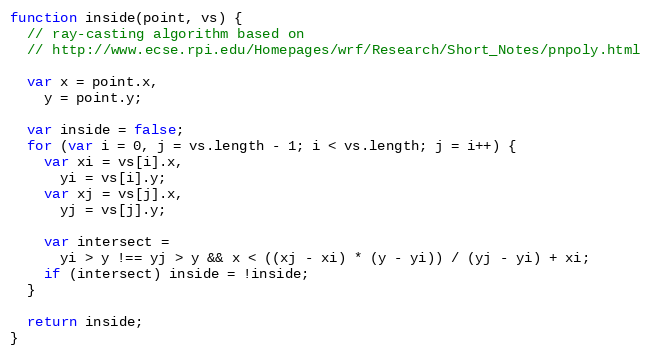
Language: JavaScript
function inside(point, vs) {
  // ray-casting algorithm based on
  // http://www.ecse.rpi.edu/Homepages/wrf/Research/Short_Notes/pnpoly.html

  var x = point.x,
    y = point.y;

  var inside = false;
  for (var i = 0, j = vs.length - 1; i < vs.length; j = i++) {
    var xi = vs[i].x,
      yi = vs[i].y;
    var xj = vs[j].x,
      yj = vs[j].y;

    var intersect =
      yi > y !== yj > y && x < ((xj - xi) * (y - yi)) / (yj - yi) + xi;
    if (intersect) inside = !inside;
  }

  return inside;
}